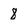
Character: 8